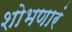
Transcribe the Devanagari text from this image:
शोभणारं